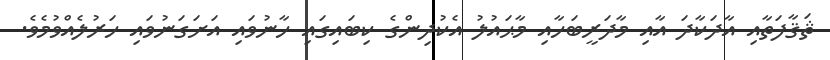
ޘަޤާފަތާއި އާދަކާދަ އާއި މާދަރީބަހާއި މާޙައުލު އެކުދިންގެ ކިބައިގައި ހާނުވައި އަށަގަނުވައި ހަރުލެއްވުމެވެ.